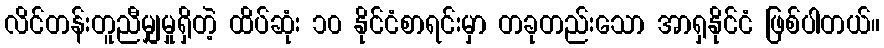
လိင်တန်းတူညီမျှမှုရှိတဲ့ ထိပ်ဆုံး ၁၀ နိုင်ငံစာရင်းမှာ တခုတည်းသော အာရှနိုင်ငံ ဖြစ်ပါတယ်။